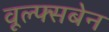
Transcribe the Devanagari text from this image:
वूल्फ्सबेन